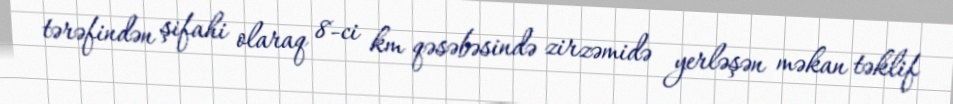
tərəfindən şifahi olaraq 8-ci km qəsəbəsində zirzəmidə yerləşən məkan təklif